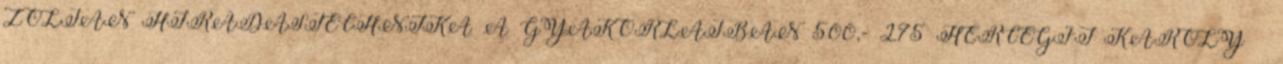
ZOLTÁN HÍRADÁSTECHNIKA A GYAKORLATBAN 500,- 275 HERCEGFI KÁROLY –